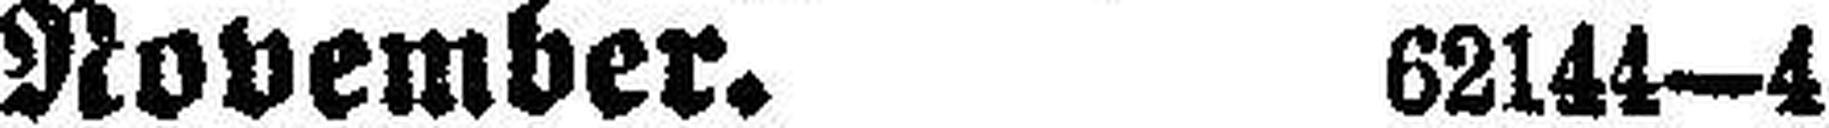
November. 62144—4